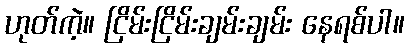
ဟုတ်ကဲ့။ ငြိမ်းငြိမ်းချမ်းချမ်း နေရစ်ပါ။